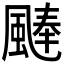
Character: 𩗴